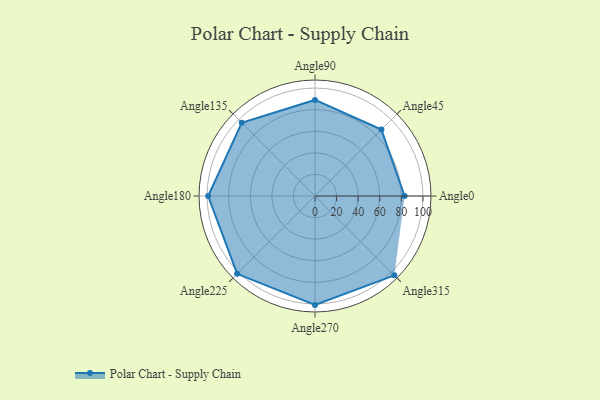
{"axis": {"x": "Angle", "y": "Radius"}, "legend": [""], "data": [{"x": "Angle0", "y": 83.0, "type": ""}, {"x": "Angle45", "y": 87.0, "type": ""}, {"x": "Angle90", "y": 89.0, "type": ""}, {"x": "Angle135", "y": 96.0, "type": ""}, {"x": "Angle180", "y": 99.0, "type": ""}, {"x": "Angle225", "y": 102.0, "type": ""}, {"x": "Angle270", "y": 101.0, "type": ""}, {"x": "Angle315", "y": 104.0, "type": ""}]}